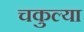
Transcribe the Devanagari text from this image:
चकुल्या